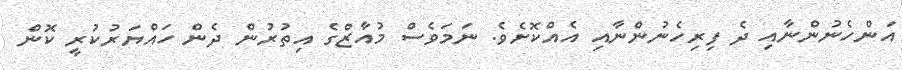
އަންހެނުންނާއި ދެ ފިރިހެނުންނާއި އެއްކޮށެވެ. ނަމަވެސް މުއާޒްގެ އިތުރުން ދެން ހައްޔަރުކުރީ ކޮން